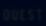
QUICK